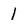
Character: 1